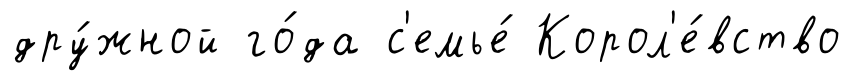
дру́жной го́да с'емье́ Корол'е́вство